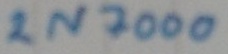
Text: 2N2000